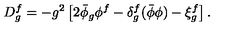
D _ { g } ^ { f } = - g ^ { 2 } \left[ 2 \bar { \phi } _ { g } \phi ^ { f } - \delta _ { g } ^ { f } ( \bar { \phi } \phi ) - \xi _ { g } ^ { f } \right] .